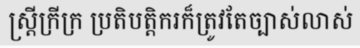
ស្ត្រីក្រីក្រ ប្រតិបត្តិករក៏ត្រូវតែច្បាស់លាស់